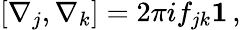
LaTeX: [\nabla_{j},\nabla_{k}]=2\pi if_{jk}{\mathbf 1}\, ,